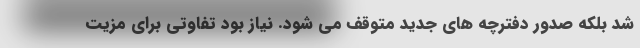
شد بلکه صدور دفترچه های جدید متوقف می شود. نیاز بود تفاوتی برای مزیت